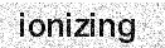
ionizing